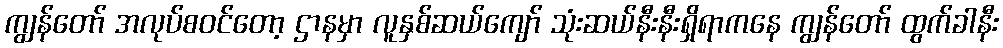
ကျွန်တော် အလုပ်စဝင်တော့ ဌာနမှာ လူနှစ်ဆယ်ကျော် သုံးဆယ်နီးနီးရှိရာကနေ ကျွန်တော် ထွက်ခါနီး